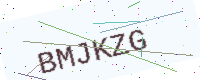
Text: BMJKZG